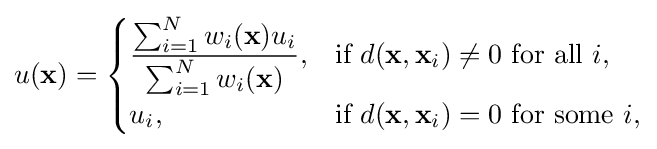
u(\mathbf {x} )={\begin{cases}{\dfrac {\sum _{i=1}^{N}{w_{i}(\mathbf {x} )u_{i}}}{\sum _{i=1}^{N}{w_{i}(\mathbf {x} )}}},&{\text{if }}d(\mathbf {x} ,\mathbf {x} _{i})\neq 0{\text{ for all }}i,\\u_{i},&{\text{if }}d(\mathbf {x} ,\mathbf {x} _{i})=0{\text{ for some }}i,\end{cases}}